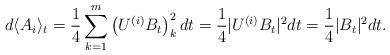
LaTeX: \begin{align*}d \langle A_{i} \rangle_{t} = \frac{1}{4} \sum_{k=1}^{m} \left(U^{(i)} B_{t} \right)^{2}_{k}dt = \frac{1}{4} \vert U^{(i)} B_{t} \vert^{2} dt= \frac{1}{4} \vert B_{t} \vert^{2} dt.\end{align*}